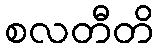
စလတီတိ